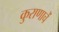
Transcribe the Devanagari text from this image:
कुराणाचें